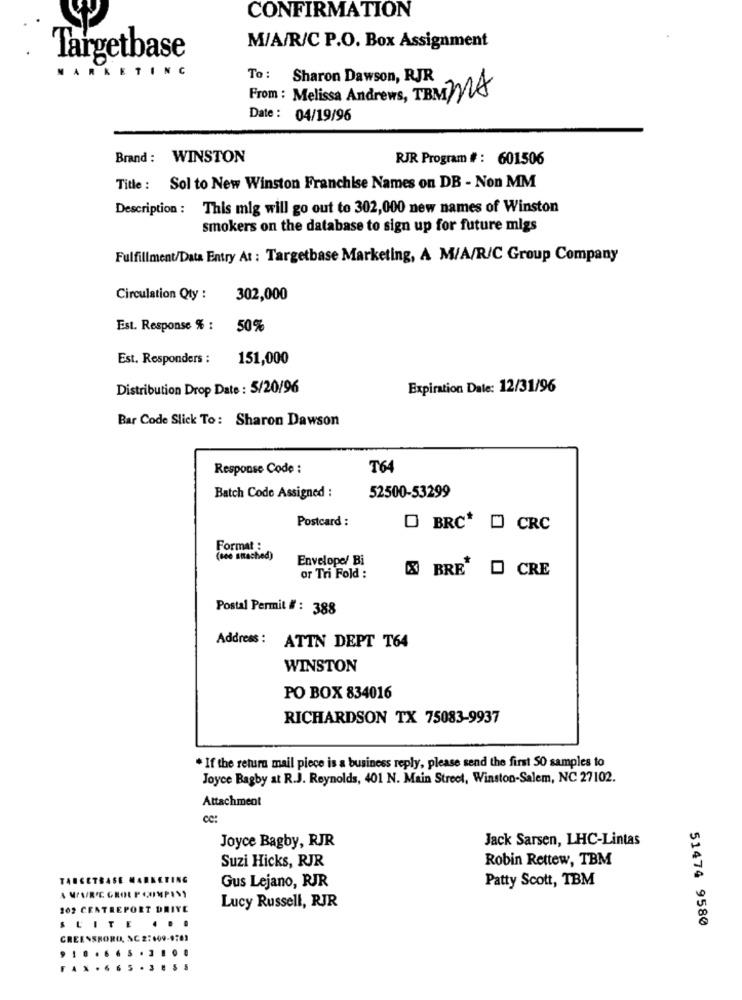
CONFIRMATION
M/A/R/C P.O. Box Assignment
. Targetbase
MARKETING
To : Sharon Dawson, RJR
From: Melissa Andrews, TBM NA
Date : 04/19/96
Brand : WINSTON
RJR Program #: 601506
Title : Sol to New Winston Franchise Names on DB - Non MM
Description : This mig will go out to 302,000 new names of Winston
smokers on the database to sign up for future migs
Fulfillment/Data Entry At : Targetbase Marketing, A M/A/R/C Group Company
Circulation Qty :
302,000
Est. Response % :
50%
Est. Responders :
151,000
Distribution Drop Date : 5/20/96
Expiration Date: 12/31/96
Bar Code Slick To: Sharon Dawson
Response Code :
T64
52500-53299
Batch Code Assigned :
Postcard :
O BRC* D CRC
Format :
(see attached)
Envelope/ Bi
BRE O CRE
or Tri Fold :
Postal Permit # : 388
Address: ATTN DEPT T64
WINSTON
PO BOX 834016
RICHARDSON TX 75083-9937
* If the return mail piece is a business reply, please send the first SO samples to
Joyce Bagby at R.J. Reynolds, 401 N. Main Street, Winston-Salem, NC 27102.
Attachment
cc:
Joyce Bagby, RJR
Jack Sarsen, LHC-Lintas
Robin Rettew, TBM
Suzi Hicks, RJR
TARGETBASE MARKETING
Gus Lejano, RJR
Patty Scott, TBM
202 CENTREPORT DRIVE
Lucy Russell, RJR
51474 9580
SUITE ...
CREI
SSRORO,
.... ...
.665